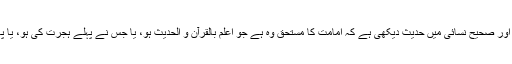
(۲) میں نے صحیح مسلم اور صحیح نسائی میں حدیث دیکھی ہے کہ امامت کا مستحق وہ ہے جو اعلم بالقرآن و الحدیث ہو، یا جس نے پہلے ہجرت کی ہو، یا پھرجس کی عمر زیادہ ہو۔